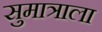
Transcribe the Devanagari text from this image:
सुमात्राला